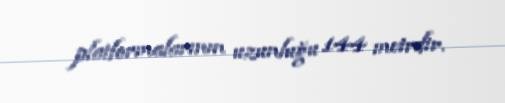
platformalarının uzunluğu 144 metrdir.